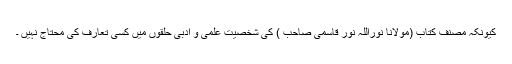
کیونکہ مصنف کتاب (مولانا نوراللہ نور قاسمی صاحب ) کی شخصیت علمی و ادبی حلقوں میں کسی تعارف کی محتاج نہیں ۔